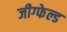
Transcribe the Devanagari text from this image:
जीग्फेल्ड